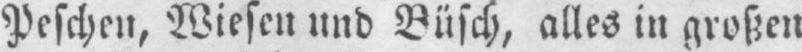
Peschen, Wiesen und Büsch, alles in großen